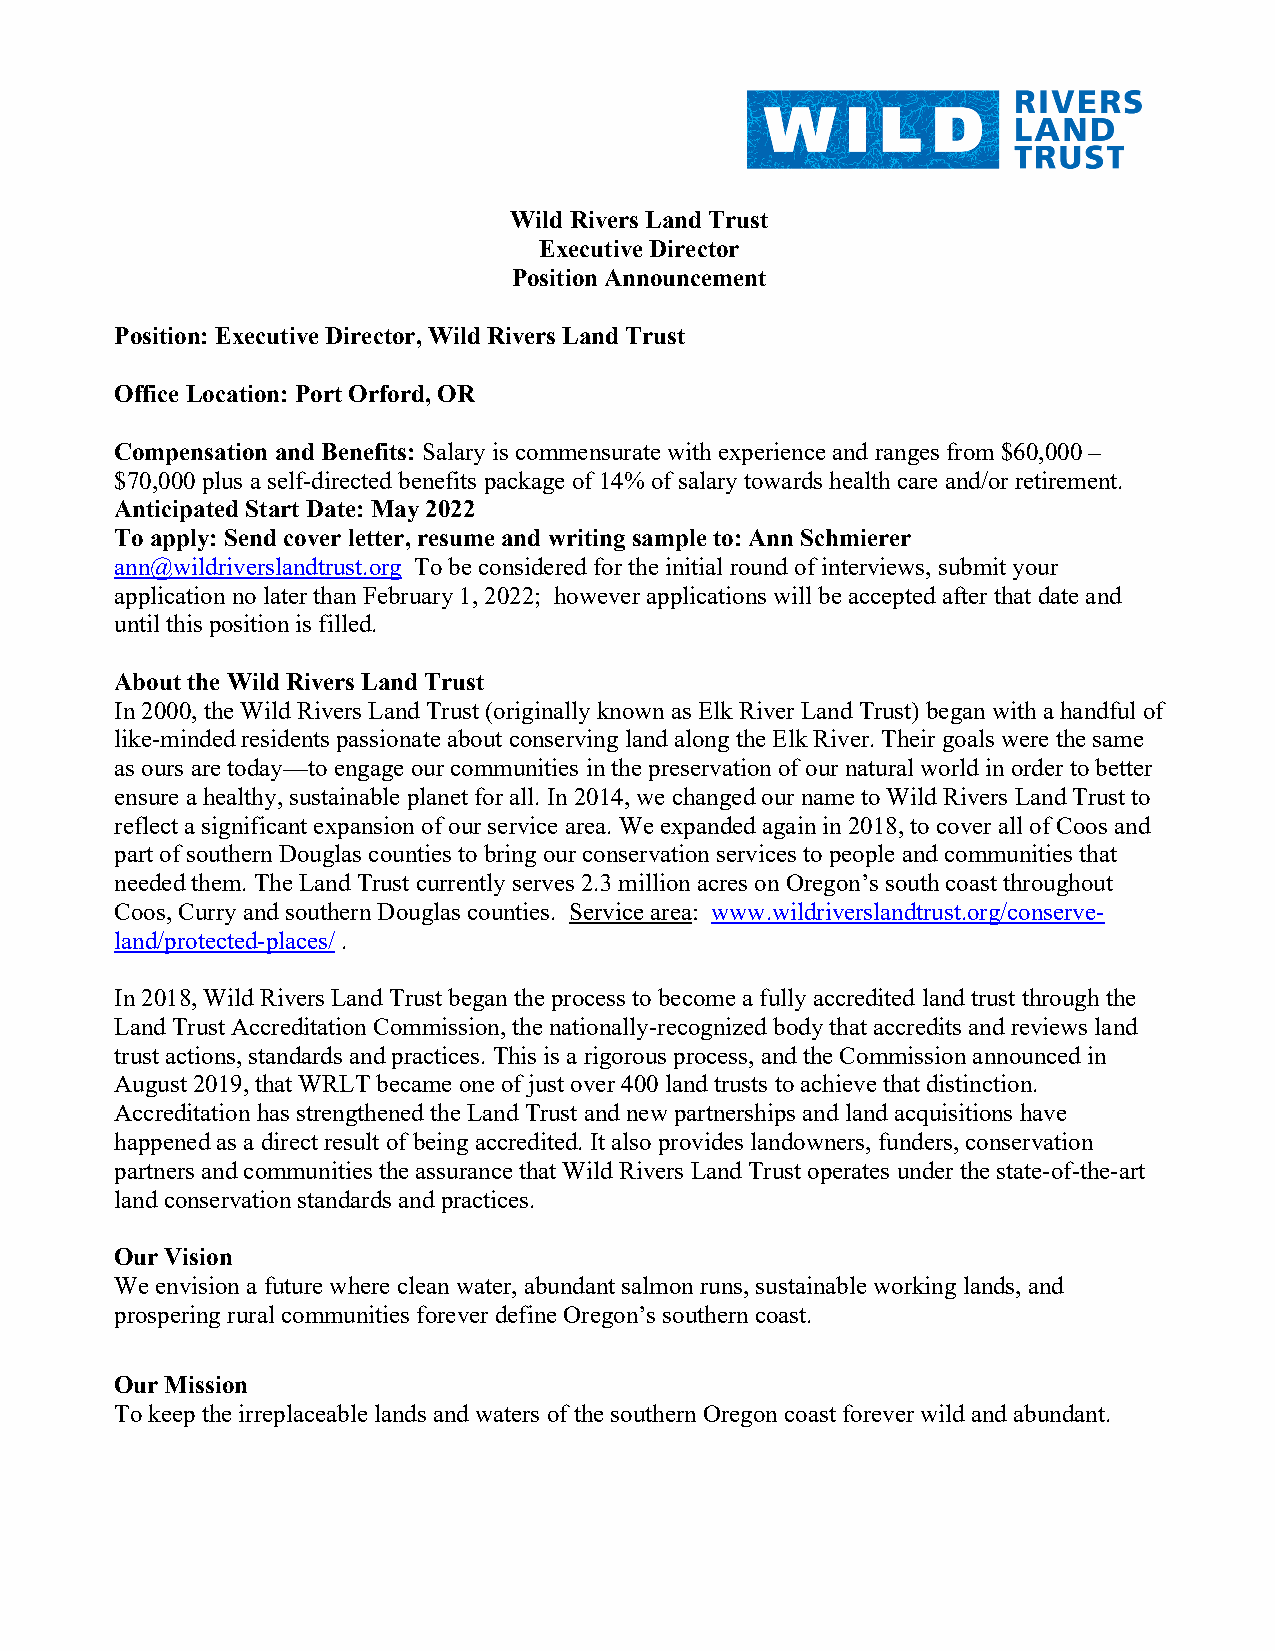
Wild Rivers Land Trust
 Executive Director
 Position Announcement
 Position: Executive Director, Wild Rivers Land Trust
 Office Location: Port Orford, OR
 Compensation and Benefits: Salary is commensurate with experience and ranges from $60,000 –
 $70,000 plus a self-directed benefits package of 14% of salary towards health care and/or retirement.
 Anticipated Start Date: May 2022
 To apply: Send cover letter, resume and writing sample to: Ann Schmierer
 ann@wildriverslandtrust.org To be considered for the initial round of interviews, submit your
 application no later than February 1, 2022; however applications will be accepted after that date and
 until this position is filled.
 About the Wild Rivers Land Trust
 In 2000, the Wild Rivers Land Trust (originally known as Elk River Land Trust) began with a handful of
 like-minded residents passionate about conserving land along the Elk River. Their goals were the same
 as ours are today—to engage our communities in the preservation of our natural world in order to better
 ensure a healthy, sustainable planet for all. In 2014, we changed our name to Wild Rivers Land Trust to
 reflect a significant expansion of our service area. We expanded again in 2018, to cover all of Coos and
 part of southern Douglas counties to bring our conservation services to people and communities that
 needed them. The Land Trust currently serves 2.3 million acres on Oregon’s south coast throughout
 Coos, Curry and southern Douglas counties. Service area: www.wildriverslandtrust.org/conserve-
 land/protected-places/ .
 In 2018, Wild Rivers Land Trust began the process to become a fully accredited land trust through the
 Land Trust Accreditation Commission, the nationally-recognized body that accredits and reviews land
 trust actions, standards and practices. This is a rigorous process, and the Commission announced in
 August 2019, that WRLT became one of just over 400 land trusts to achieve that distinction.
 Accreditation has strengthened the Land Trust and new partnerships and land acquisitions have
 happened as a direct result of being accredited. It also provides landowners, funders, conservation
 partners and communities the assurance that Wild Rivers Land Trust operates under the state-of-the-art
 land conservation standards and practices.
 Our Vision
 We envision a future where clean water, abundant salmon runs, sustainable working lands, and
 prospering rural communities forever define Oregon’s southern coast.
 Our Mission
 To keep the irreplaceable lands and waters of the southern Oregon coast forever wild and abundant.